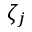
\zeta _ { j }